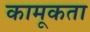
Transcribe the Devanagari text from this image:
कामूकता